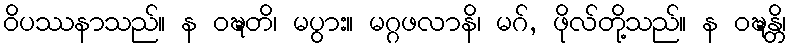
ဝိပဿနာသည်။ န ဝဍ္ဎတိ၊ မပွား။ မဂ္ဂဖလာနိ၊ မဂ်, ဖိုလ်တို့သည်။ န ဝဍ္ဎန္တိ၊